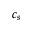
c _ { s }